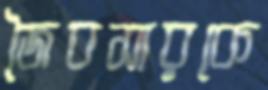
জৈবসারকে